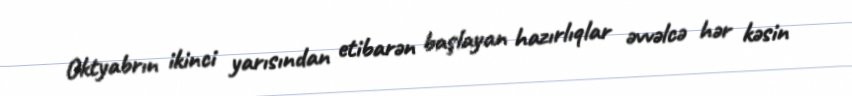
Oktyabrın ikinci yarısından etibarən başlayan hazırlıqlar əvvəlcə hər kəsin